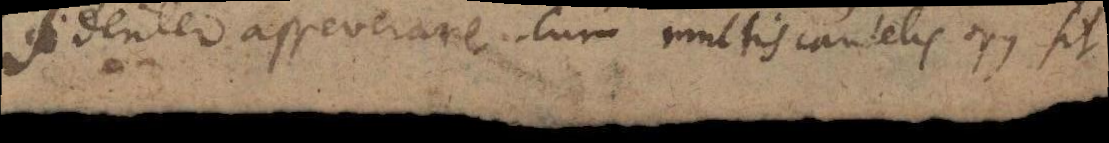
fidenter asseverare, cum multis cautelis opus sit